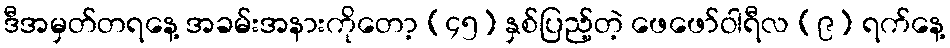
ဒီအမှတ်တရနေ့ အခမ်းအနားကိုတော့ (၄၅) နှစ်ပြည့်တဲ့ ဖေဖော်ဝါရီလ (၉) ရက်နေ့